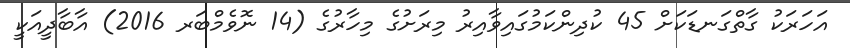
އަހަރަކު ގާތްގަނޑަކަށް 45 ކުދިންކަމުގައިވާއިރު މިރަށުގެ މިހާރުގެ (14 ނޮވެމްބަރ 2016) އާބާދީއަކީ